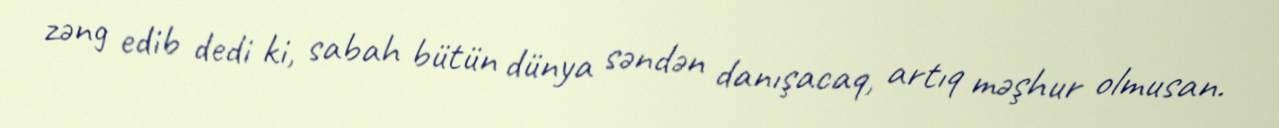
zəng edib dedi ki, sabah bütün dünya səndən danışacaq, artıq məşhur olmusan.